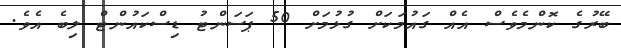
ބޭރުގެ ކޮންމެވެސް އެއް ގައުމަކަށް ގުޅުމަށް 50 ޕަސަންޓު ޑިސްކައުންޓް ލިބެ އެވެ.